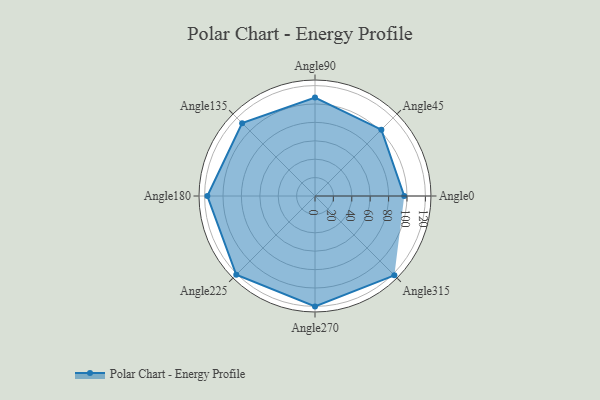
{"axis": {"x": "Angle", "y": "Radius"}, "legend": [""], "data": [{"x": "Angle0", "y": 97.0, "type": ""}, {"x": "Angle45", "y": 102.0, "type": ""}, {"x": "Angle90", "y": 107.0, "type": ""}, {"x": "Angle135", "y": 112.0, "type": ""}, {"x": "Angle180", "y": 117.0, "type": ""}, {"x": "Angle225", "y": 121.0, "type": ""}, {"x": "Angle270", "y": 120.0, "type": ""}, {"x": "Angle315", "y": 122.0, "type": ""}]}